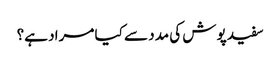
سفید پوش کی مدد سے کیا مراد ہے؟